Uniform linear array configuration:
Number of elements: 8
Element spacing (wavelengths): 0.5
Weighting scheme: cosine
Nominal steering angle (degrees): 15
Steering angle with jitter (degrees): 14.98
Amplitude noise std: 0.05
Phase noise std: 0.05

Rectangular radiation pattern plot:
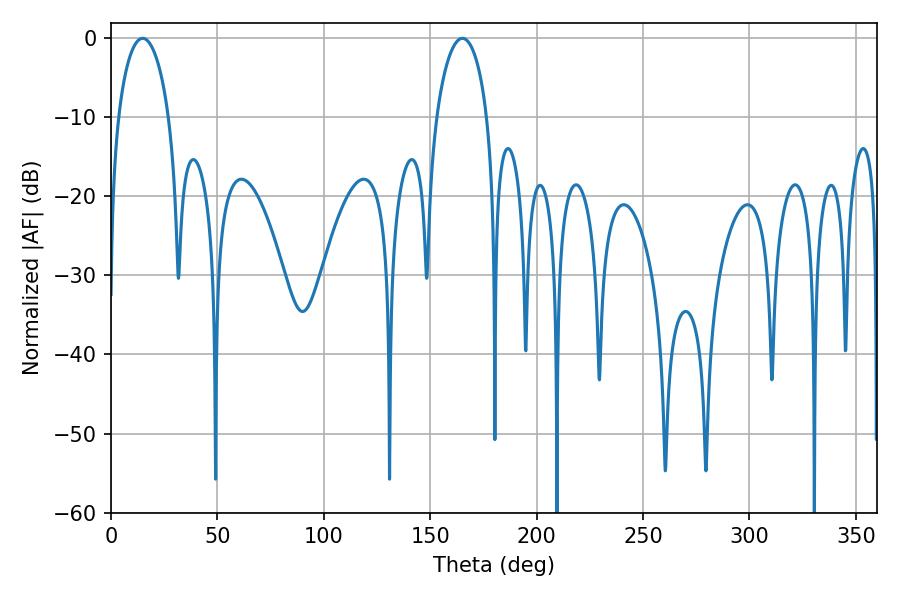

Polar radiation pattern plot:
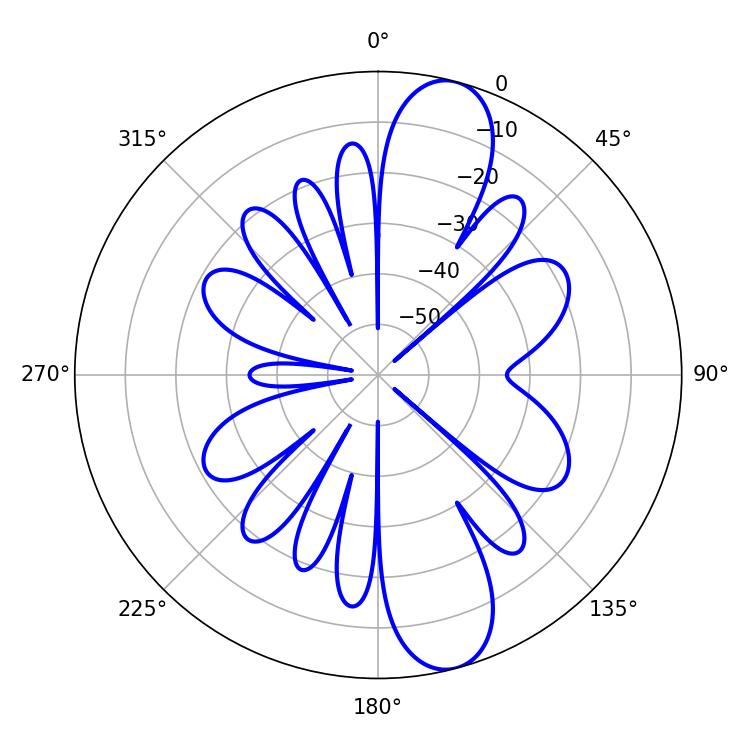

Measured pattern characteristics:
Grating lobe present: FALSE
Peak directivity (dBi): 11.759
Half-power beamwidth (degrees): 13.68
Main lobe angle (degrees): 14.94